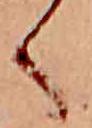
く